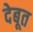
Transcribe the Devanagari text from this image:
देबूत